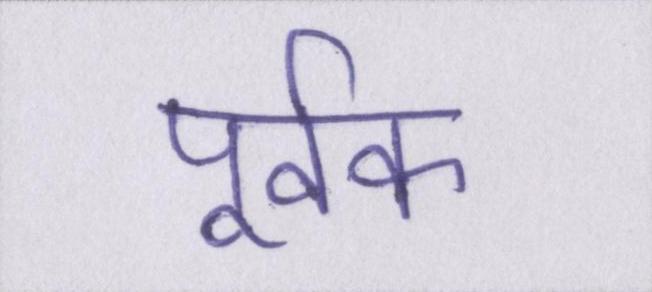
पूर्वक